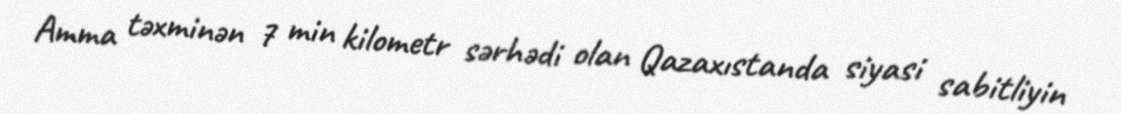
Amma təxminən 7 min kilometr sərhədi olan Qazaxıstanda siyasi sabitliyin